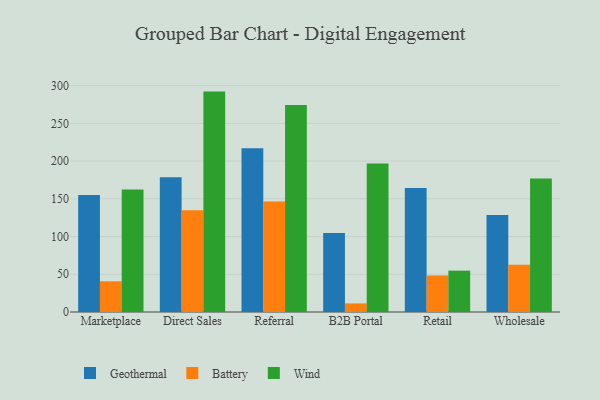
{"axis": {"x": "Channel", "y": "Active Users"}, "legend": ["Battery", "Geothermal", "Wind"], "data": [{"x": "Marketplace", "y": 154.9, "type": "Geothermal"}, {"x": "Marketplace", "y": 40.7, "type": "Battery"}, {"x": "Marketplace", "y": 162.2, "type": "Wind"}, {"x": "Direct Sales", "y": 178.5, "type": "Geothermal"}, {"x": "Direct Sales", "y": 134.9, "type": "Battery"}, {"x": "Direct Sales", "y": 292.1, "type": "Wind"}, {"x": "Referral", "y": 217.0, "type": "Geothermal"}, {"x": "Referral", "y": 146.3, "type": "Battery"}, {"x": "Referral", "y": 274.4, "type": "Wind"}, {"x": "B2B Portal", "y": 104.6, "type": "Geothermal"}, {"x": "B2B Portal", "y": 11.4, "type": "Battery"}, {"x": "B2B Portal", "y": 196.9, "type": "Wind"}, {"x": "Retail", "y": 164.2, "type": "Geothermal"}, {"x": "Retail", "y": 48.4, "type": "Battery"}, {"x": "Retail", "y": 54.8, "type": "Wind"}, {"x": "Wholesale", "y": 128.6, "type": "Geothermal"}, {"x": "Wholesale", "y": 62.7, "type": "Battery"}, {"x": "Wholesale", "y": 176.8, "type": "Wind"}]}